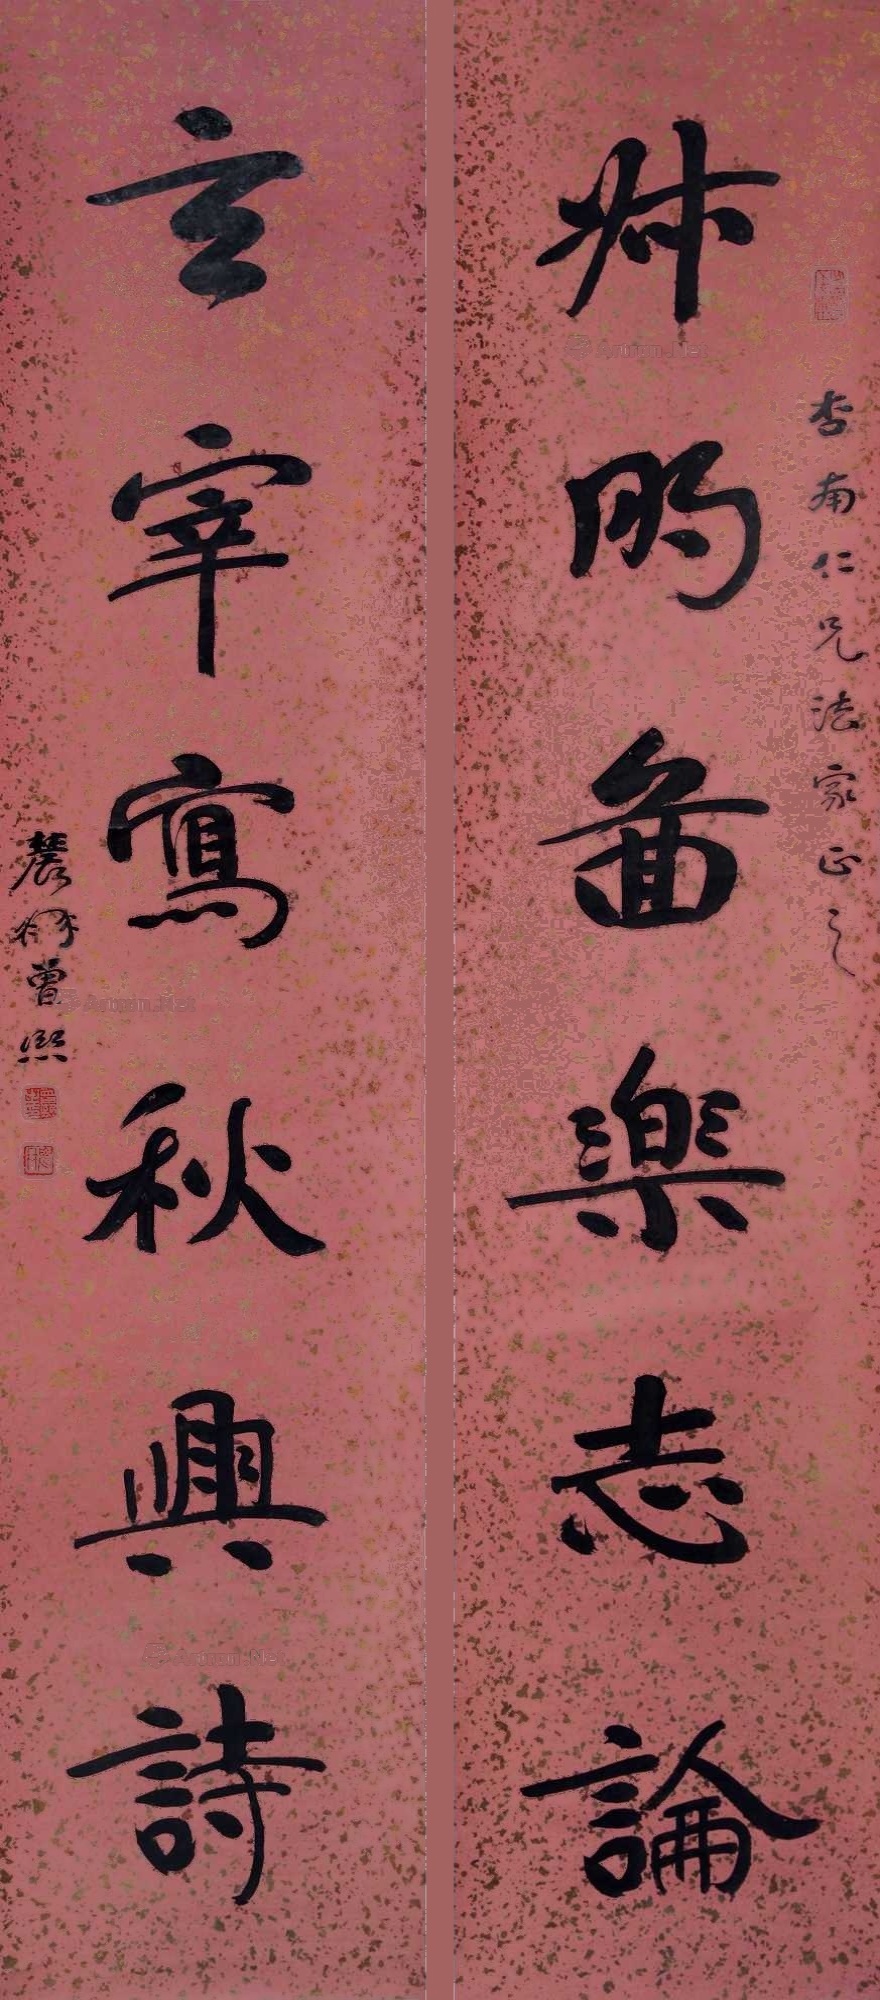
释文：叔明图乐志论，玄宰写秋兴诗。杏南仁兄法家正之，农髯曾熙。